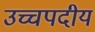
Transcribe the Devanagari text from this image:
उच्चपदीय